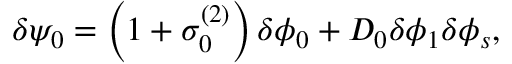
\begin{array} { r } { \delta \psi _ { 0 } = \left( 1 + \sigma _ { 0 } ^ { ( 2 ) } \right) \delta \phi _ { 0 } + D _ { 0 } \delta \phi _ { 1 } \delta \phi _ { s } , } \end{array}